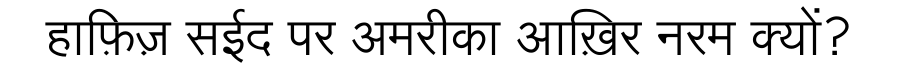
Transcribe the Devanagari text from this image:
हाफ़िज़ सईद पर अमरीका आख़िर नरम क्यों?